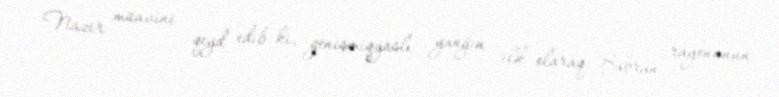
Nazir müavini qeyd edib ki, genişmiqyaslı yanğın ilk olaraq Şabran rayonunun